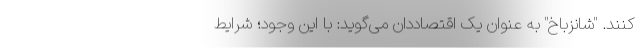
کنند. "شانزباخ" به عنوان یک اقتصاددان می‌گوید: با این وجود؛ شرایط